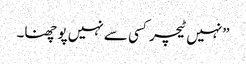
”نہیں ٹیچر کسی سے نہیں پو چھنا۔